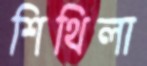
শিথিলা